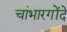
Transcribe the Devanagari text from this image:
चांभारगोंदे